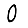
Digit: 0